Report on sanitation, dispensaries, and jails in Rajputana for 1921, and on vaccination for the year 1921-1922 - 1921-1922
Year: 1921
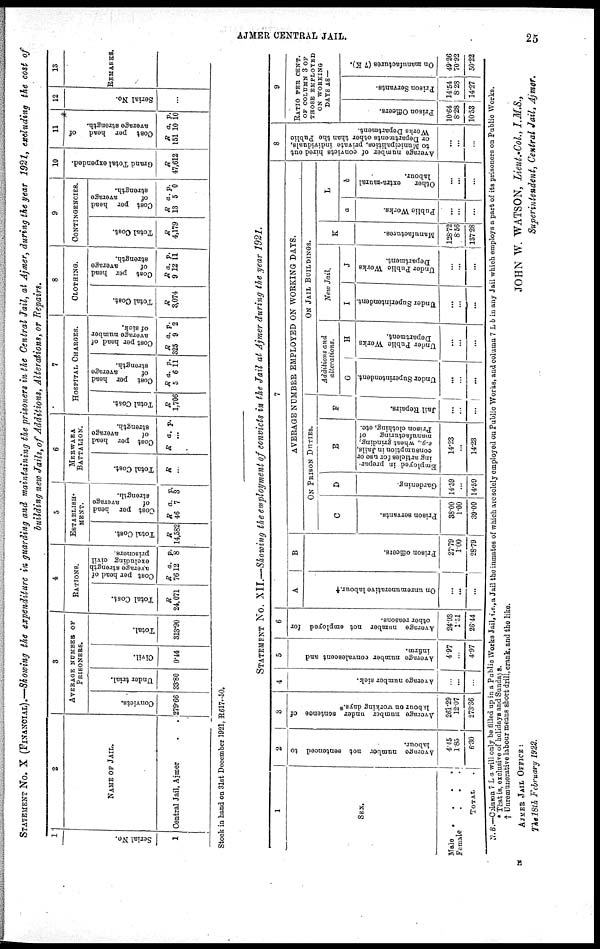
AJMER CENTRAL JAIL.
25
STATEMENT No. X (FINANCIAL).—Showing the expenditure in guarding and maintaining the prisoners in the Central Jail, at Ajmer, during the year 1921, excluding the cost of
building new Jails, of Additions, Alterations, or Repairs.
1.
Serial No.
1
2
NAME OF JAIL.
Central Jail, Ajmer..
3
AVERAGE NUMBER OF
PRISONERS.
Convicts.
279.66
Under trial.
33.80
Civil.
0.44
Total.
813.90
4
RATIONS.
Total Cost.
R
24,071
Cost per head of
average strength
excluding civil
prisoners.
R
76
a.
12
p.
8
5
ESTABLISH-
----.
Total Cost.
R
14,582
Cost per head
of
average
strength.
R
46
a.
7
p.
3
6
MERWARA
BATTALION.
Total Cost.
R
...
Cost per head
of
average
strength.
R a. p.
...
7
HOSPITAL CHARGES.
Total Cost.
R
1,706
Cost per head
of
average
strength.
R
5
a.
6
p.
11
Cost per head of
average number
of sick.
R
325
a.
9
p.
2
8
CLOTHING.
Total Cost.
R
3,074
Coat per head
of
average
strength.
R
9
a.
12
p.
11
9
CONTINGENCIES.
Total Cost.
R
4,179
Cost per head
of
average
strength.
B
13
a.
5
p.
0
10
Grand Total expended.
R
47,612
11
Cost per head
of
average strength.
R
151
a.
10
p.
10
12
Serial No.
...
13
REMARKS.
Stock in hand on 31st December 1921, R617-50.
STATEMENT No. XII.—Showing the employment of convicts in the Jail at Ajmer during the year 1921.
1
SEX.
Male....
female...
TOTAL.
2
Average number not sentenced to
labour.
4.45
1.85
6.30
3
Average number under sentence of
labour on working days.*
261.29
12.07
273.36
4
Average number sick.
...
...
...
5
Average number convalescent and
infirm.
4.97
...
4.97
6
Average number not employed for
other reasons.
24.93
1.51
26.44
7
A
On unremunerative labour. †
...
...
...
B
Prison officers.
27.79
1.00
28.79
AVERAGE NUMBER EMPLOYED ON WORKING DAYS.
ON PRISON DUTIES.
C
Prison servants.
38.00
1.00
39.00
D
Gardening.
14.59
...
14.59
E
Employed in prepar-
ing articles for use or
consumption in Jails,
e.g., wheat grinding,
manufacturing
of
Prison clothing, etc.
14.23
...
14.23
F
Jail Repairs.
...
...
...
ON JAIL BUILDINGS.
Additions and
alterations.
G
Under Superintendent.
...
...
...
H
Under Public Works
Department.
...
...
...
New Jail.
I
Under Superintendent.
...
...
...
J
Under Public Works
Department.
...
...
...
K
Manufactures.
128.72
8.56
137.28
L
a
Public Works.
...
...
...
b
Other
extra-mural
labour.
...
...
...
8
Average number of convicts hired out
to Municipalities, private individuals,
or Departments other than the Public
Works Department.
...
...
...
9
RATIO PER CENT.
OF COLUMN 3 OF
THOSE EMPLOYED
ON WORKING
DAYS AS —
Prison Officers.
10.64
8.28
10.53
Prison Servants.
14.54
8.28
14.27
On manufactures (7 K).
49.26
70.92
50.22
N. B.—Column 7 L a will only be filled up in a Public Works Jail, i.e., a Jail the inmates of which are solely employed on Public Works, and column 7 L b in any Jail which employs a part of its prisoners on Public Works.
* That is, exclusive of holidays and Sundays.
† Unremunerative labour means short drill, crank, and the like.
JOHN W. WATSON, Lieut.-Col., I.M.S.,
Superintendent, Central Jail, Ajmer.
AJMER JAIL OFFICE :
The 18th February 1922.
E